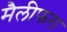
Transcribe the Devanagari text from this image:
मैलीफरा